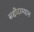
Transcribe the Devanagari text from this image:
सद्दीदरम्यान